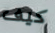
كيف